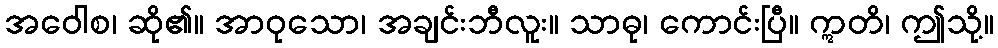
အဝေါစ၊ ဆို၏။ အာဝုသော၊ အချင်းဘီလူး။ သာဓု၊ ကောင်းပြီ။ ဣတိ၊ ဤသို့။